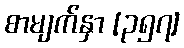
စာမျက်နှာ [၃၅၇]